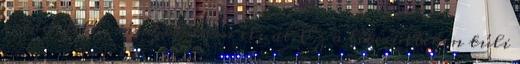
eredet felé irányítottan éli át. Ez a létesülteken túli